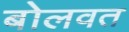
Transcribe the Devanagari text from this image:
बोलवत